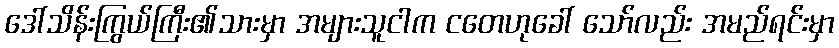
ဒေါ်သိန်းကြွယ်ကြီး၏သားမှာ အများသူငါက ငတေဟုခေါ် သော်လည်း အမည်ရင်းမှာ